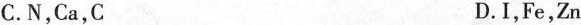
C.N，Ca，C D.I，Fe，Zn